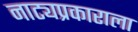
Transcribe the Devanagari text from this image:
नाट्यप्रकाराला